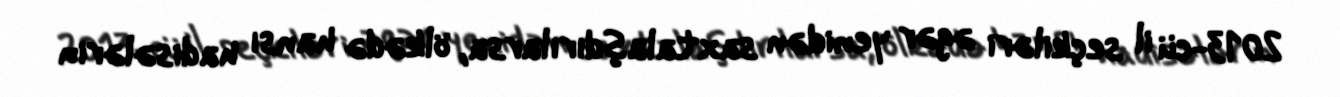
2013-cü il seçkiləri əgər yenidən saxtalaşdırılarsa, ölkədə hansı hadisələrin